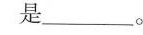
是_______。